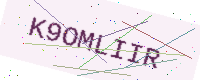
Text: K9OMLIIR